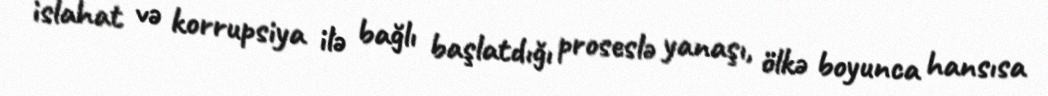
islahat və korrupsiya ilə bağlı başlatdığı proseslə yanaşı, ölkə boyunca hansısa